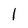
Character: I